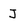
Character: J